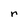
Character: r